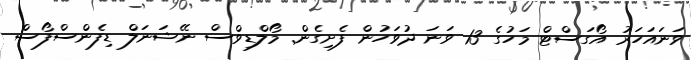
ވަނައަހަރު އޯގަސްޓް މަހުގެ 13 ވަނަ ދުވަހުން ފެށިގެން